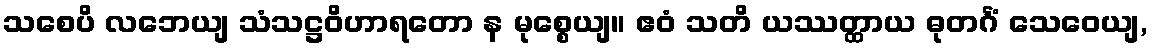
သစေပိ လဘေယျ သံသဋ္ဌဝိဟာရတော န မုစ္စေယျ။ ဧဝံ သတိ ယဿတ္ထာယ ဓုတင်္ဂံ သေဝေယျ,